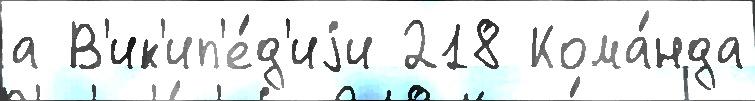
а В'ик'ип'е́д'иjи 218 Кома́нда